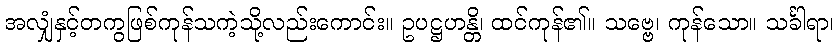
အလျှံနှင့်တကွဖြစ်ကုန်သကဲ့သို့လည်းကောင်း။ ဥပဋ္ဌဟန္တိ၊ ထင်ကုန်၏။ သဗ္ဗေ၊ ကုန်သော။ သင်္ခါရာ၊